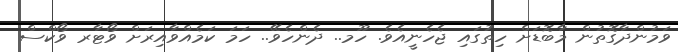
ވަމުންދާގޮތުން މާބޮޑަށް ހިތުގައި ޖެހެނީއެވެ. ހޫމ.. ދެންހެވޭ.. ހަމަ ކަމެއްވާއިރަށް ވޯޓާރ ވޯކްސް